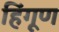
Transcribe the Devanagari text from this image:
हिंगूण